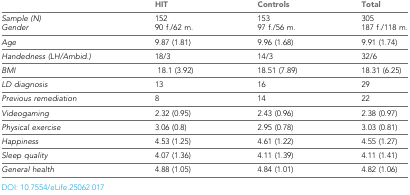
|  | HIT | Controls | Total |
 | --- | --- | --- | --- |
 | Sample (N)Gender | 152 90 f./62 m. | 153 97 f./56 m. | 305 187 f./118 m. |
 | Age | 9.87 (1.81) | 9.96 (1.68) | 9.91 (1.74) |
 | Handedness (LH/Ambid.) | 18/3 | 14/3 | 32/6 |
 | BMI | 18.1 (3.92) | 18.51 (7.89) | 18.31 (6.25) |
 | LD diagnosis | 13 | 16 | 29 |
 | Previous remediation | 8 | 14 | 22 |
 | Videogaming | 2.32 (0.95) | 2.43 (0.96) | 2.38 (0.97) |
 | Physical exercise | 3.06 (0.8) | 2.95 (0.78) | 3.03 (0.81) |
 | Happiness | 4.53 (1.25) | 4.61 (1.22) | 4.55 (1.27) |
 | Sleep quality | 4.07 (1.36) | 4.11 (1.39) | 4.11 (1.41) |
 | General health | 4.88 (1.05) | 4.84 (1.01) | 4.82 (1.06) |